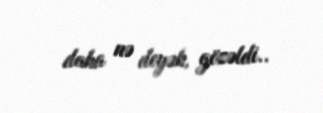
daha nə deyək, gözəldi..